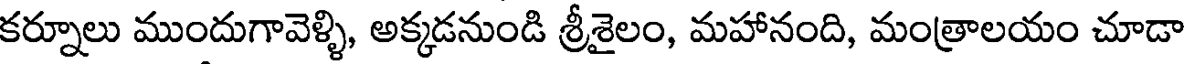
కర్నూలు ముందుగావెళ్ళి, అక్కడనుండి శ్రీశైలం, మహానంది, మంత్రాలయం చూడా